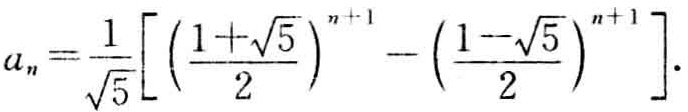
\[a_{n}=\frac{1}{\sqrt{5}}\left[\left(\frac{1 + \sqrt{5}}{2}\right)^{n + 1}-\left(\frac{1 - \sqrt{5}}{2}\right)^{n + 1}\right].\]